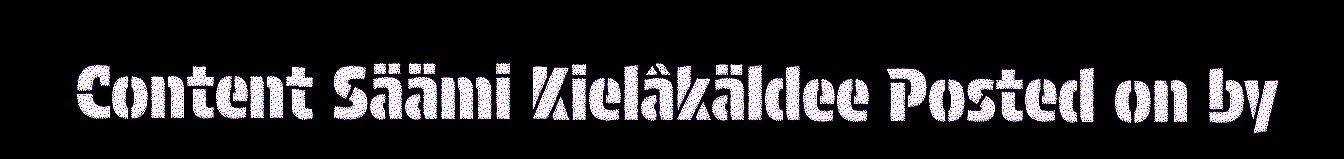
Content Säämi Kielâkäldee Posted on by